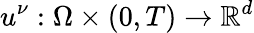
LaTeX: u^{\nu}:\Omega\times(0,T)\to\mathbb{R}^{d}